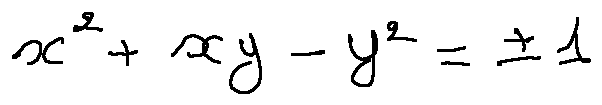
x ^ { 2 } + x y - y ^ { 2 } = \pm 1